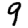
Digit: 9